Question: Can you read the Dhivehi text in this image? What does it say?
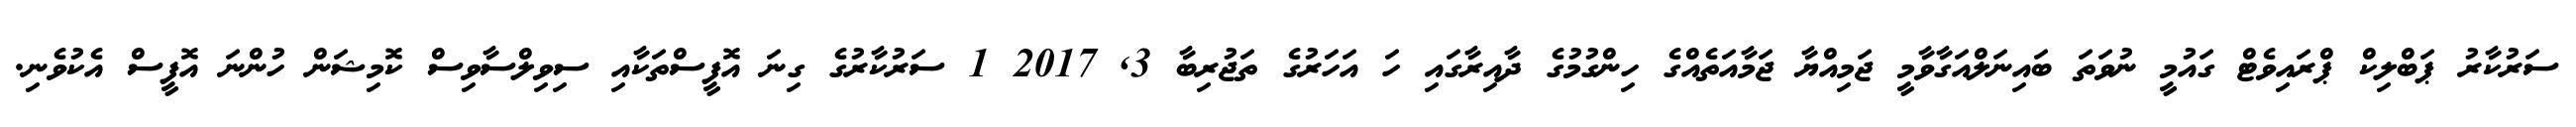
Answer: ސަރުކާރު ޕަބްލިކް ޕްރައިވެޓް ގައުމީ ނުވަތަ ބައިނަލްއަގާވާމީ ޖަމިއްޔާ ޖަމާއަތެއްގެ ހިންގުމުގެ ދާއިރާގައި ހަ އަހަރުގެ ތަޖުރިބާ 3, 2017 1 ސަރުކާރުގެ ގިނަ އޮފީސްތަކާއި ސިވިލްސާވިސް ކޮމިޝަން ހުންނަ އޮފީސް އެކުވެނި.